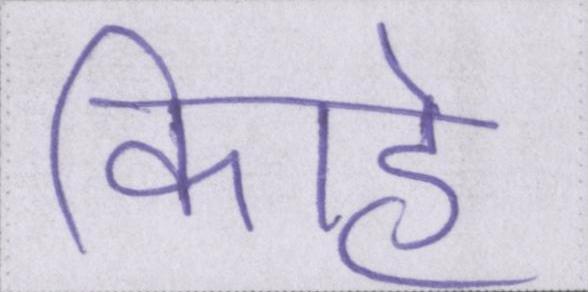
काहे